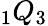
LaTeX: \phantom{}_{1}Q_{3}